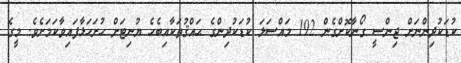
ކުޑަކުދިންނަށް ޖިންސީ ގޯނާކޮށްގެން 192 މައްސަލަ ކުޑަކުދިންގެ ޙައްޤުތަކާއިބެހެ ޔުނިޓަށް ހުށަހަޅާފައިވާކަމަށެވެ. މީގެ